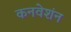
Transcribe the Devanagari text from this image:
कनवेशंन